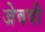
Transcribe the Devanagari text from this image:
जेववी